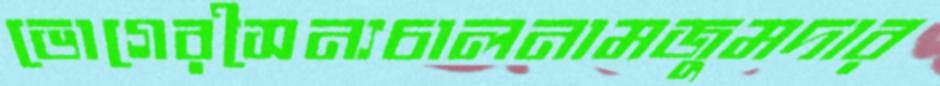
ভোগেরসৈন্যচালনামজুমদার